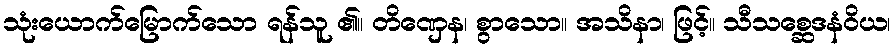
သုံးယောက်မြောက်သော ရန်သူ ၏။ တိဏှေန၊ စွာသော။ အသိနာ၊ ဖြင့်။ သီသစ္ဆေဒနံဝိယ၊